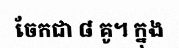
ចែកជា ៨ គូ។ ក្នុង